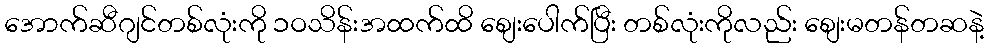
အောက်ဆီဂျင်တစ်လုံးကို ၁ဝသိန်းအထက်ထိ စျေးပေါက်ပြီး တစ်လုံးကိုလည်း စျေးမတန်တဆနဲ့